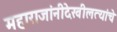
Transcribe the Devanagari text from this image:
महाराजांनीदेखीलत्यांचे